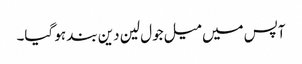
آپس میں میل جول لین دین بند ہو گیا۔